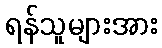
ရန်သူများအား